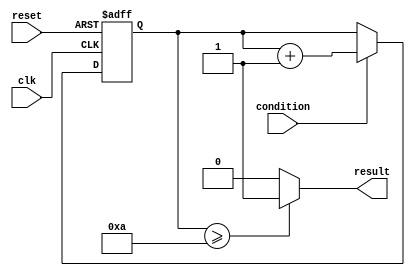
module behavioral_loop (
    input wire clk,
    input wire reset,
    input wire condition,
    output reg result
);

reg [7:0] counter;

always @(posedge clk or posedge reset)
begin
    if (reset)
        counter <= 0;
    else if (condition)
        counter <= counter + 1;
end

always @*
begin
    if (counter >= 10)
        result <= 1;
    else
        result <= 0;
end

endmodule